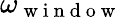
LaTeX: \omega_{\mathrm{~w~i~n~d~o~w~}}